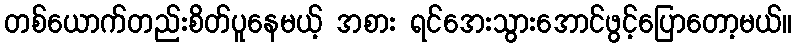
တစ်ယောက်တည်းစိတ်ပူနေမယ့် အစား ရင်အေးသွားအောင်ဖွင့်ပြောတော့မယ်။